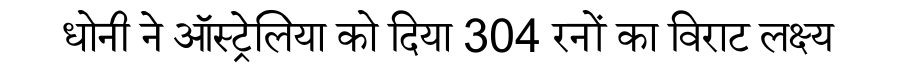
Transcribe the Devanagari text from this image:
धोनी ने ऑस्ट्रेलिया को दिया 304 रनों का विराट लक्ष्य